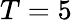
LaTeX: T=5